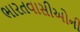
ભારતવાસીઓની